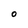
Character: O